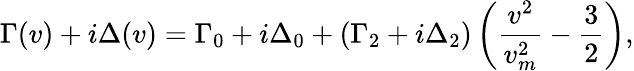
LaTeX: \Gamma(v)+i\Delta(v)=\Gamma_{0}+i\Delta_{0}+(\Gamma_{2}+i\Delta_{2})\left(\frac{v^{2}}{v_{m}^{2}}-\frac{3}{2}\right),